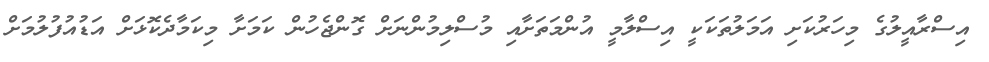
އިސްރާއީލުގެ މިހަރުކަށި އަމަލުތަކަކީ އިސްލާމީ އުންމަތަށާއި މުސްލިމުންނަށް ގޮންޖެހުން ކަމަށާ މިކަމާދެކޮޅަށް އަޑުއުފުލުމަށް